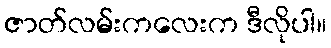
ဇာတ်လမ်းကလေးက ဒီလိုပါ။